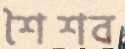
শৈশব